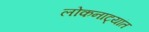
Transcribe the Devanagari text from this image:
लोकनाट्यांत